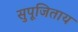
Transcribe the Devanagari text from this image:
सुपूजिताय